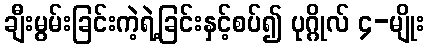
ချီးမွမ်းခြင်းကဲ့ရဲ့ခြင်းနှင့်စပ်၍ ပုဂ္ဂိုလ် ၄-မျိုး